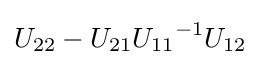
U_{22}-U_{21}{U_{11}}^{-1}U_{12}